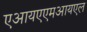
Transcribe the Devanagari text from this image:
एआयएएमआयएल